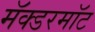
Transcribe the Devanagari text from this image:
मॅक्डरमॉट